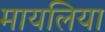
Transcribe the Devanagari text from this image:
मायलिया